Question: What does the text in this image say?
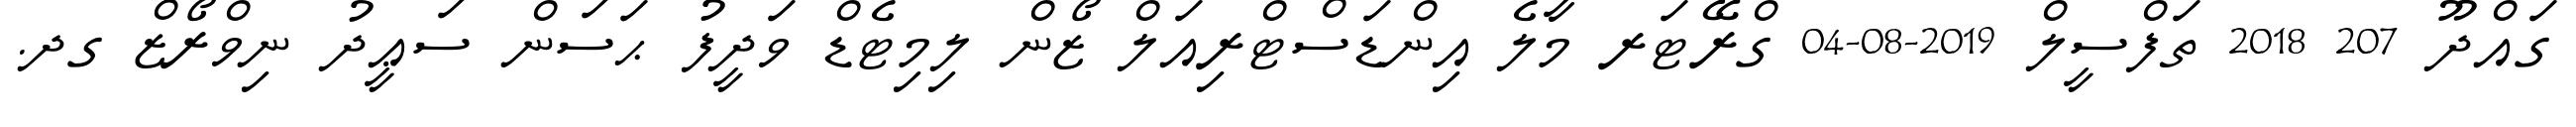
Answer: ގައްދޫ 207 2018 ތަފްސީލް 2019-08-04 ގްރޭޓަރ މާލެ އިންޑަސްޓްރިއަލް ޒޯން ލިމިޓެޑް ވަދީފު ޙަސަން ސަޢީދު ނިވްރޯޒް ގދ.